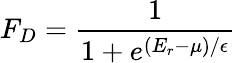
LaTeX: F_{D}=\frac{1}{1+e^{(E_{r}-\mu)/\epsilon}}